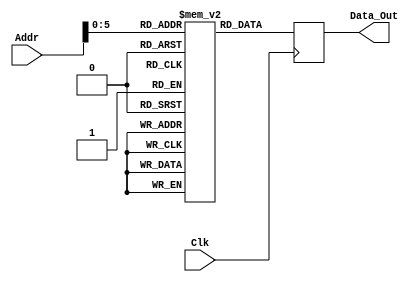
`timescale 1ns / 1ps

//
//
//	Imem:	The Instruction Memory module
//	Parameter List:
//		clk:		the memory clock (input)
//		address:	the instruction address (input)
//		instruction:	the instruction (output)
//
//	EE577b: Verilog Example
//
//

// Read only instruction memory
module InstructionMemory (Clk,Addr,Data_Out);
    input Clk;
    input [15:0] Addr;
    output reg [15:0] Data_Out;
    reg [15:0] my_memory [0:63]; // Memory Width: 16bits, Memory Depth: 0 to 2^15-1?

    initial
        begin
            my_memory[0] = 16'b1000_0000_0000_0000;     // LW   $R0,0($R0)              # $R0 initally 0:   $R0 <= 8
            my_memory[1] = 16'b1000_0001_0001_0001;     // LW   $R1,1($R1)              # $R1 initally 0:   $R1 <= 2
            my_memory[2] = 16'b0010_0000_0001_0010;     // ADD  $R0,$R1,$R2             # $R2 = $R1 + $R2:  $R2 <= 10
            my_memory[3] = 16'b1000_0011_0011_0001;     // LW   $R3,1($R3)              # $R3 initially 0:  $R3 <= 2
            my_memory[4] = 16'b1110_0001_0011_0111;     // BNE  $R1,$R3,0               # $R1 = $R3 -> Dont Branch
            my_memory[5] = 16'b0000_0000_0010_0100;     // AND  $R0,$R2,$R4             #                   $R4 <= 8 
            my_memory[6] = 16'b0001_0000_0010_0101;     // OR   $R0,$R2,$R5             #                   $R5 <= 10
            // Loop 5 times
            my_memory[7] = 16'b0010_0001_0011_0011;     // ADD  $R1,$R3,$R3             # +2 until 10
            my_memory[8] = 16'b1110_0011_0010_1110;     // BNE  $R3,$R2,my_memory[7]    # $R1 = $R3 -> Dont Branch
            my_memory[9] = 16'hA616;                     // SW   $R1,6($R6)            # $R3 initially 0:  Mem[6+0] <= 2
            my_memory[10] = 16'hA737;                    // SW   $R3,7($R7)            # $R3 initially 0:  Mem[7+0] <= 10
        end
    
    //*** 1. Read instruction memory at Addr
    always @(posedge Clk) 
    begin 
            Data_Out = my_memory [Addr];
    end

endmodule